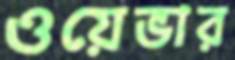
ওয়েভার